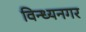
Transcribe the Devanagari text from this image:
विन्ध्यनगर